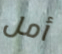
أمل